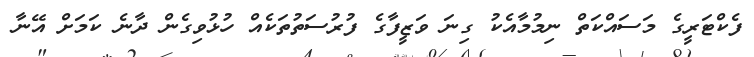
ފެކްޓަރީގެ މަސައްކަތް ނިމުމާއެކު ގިނަ ވަޒީފާގެ ފުރުސަތުތަކެއް ހުޅުވިގެން ދާނެ ކަމަށް އޭނާ